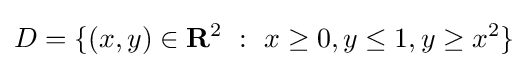
D=\{(x,y)\in \mathbf {R} ^{2}\ :\ x\geq 0,y\leq 1,y\geq x^{2}\}